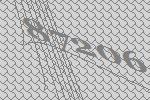
87206